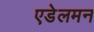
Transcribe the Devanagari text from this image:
एडेलमन